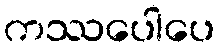
ကဿပေါပေ